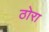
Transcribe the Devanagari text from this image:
ठोरा